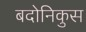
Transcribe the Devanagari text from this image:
बदोनिकुस